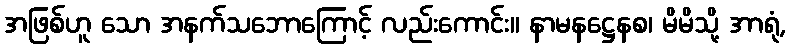
အဖြစ်ဟူ သော အနက်သဘောကြောင့် လည်းကောင်း။ နာမနဋ္ဌေနစ၊ မိမိသို့ အာရုံ,